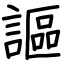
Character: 謳